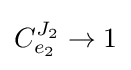
C_{e_{2}}^{J_{2}}\rightarrow 1